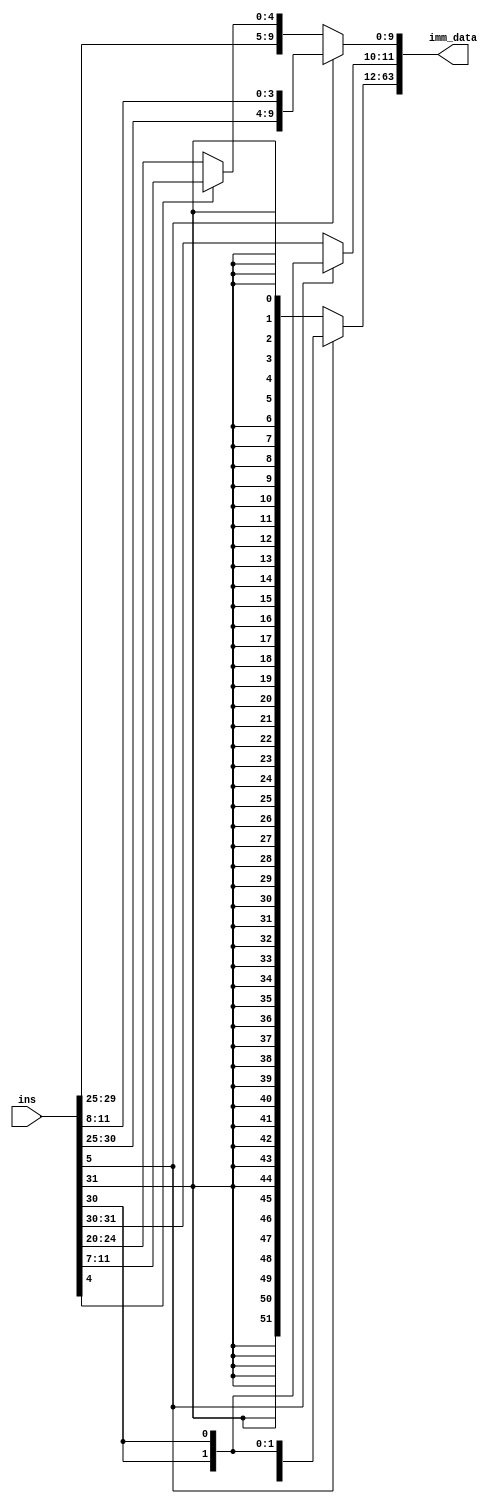
module extractor(
  input wire [31:0] ins,
  output reg [63:0] imm_data
);
  reg sel1, sel2;
  always @(ins)
  begin
    sel1 = ins[5];
    sel2 = ins[4];
    if(sel1)
    begin
      imm_data[9:0] <= {ins[30:25] , ins[11:8]};
      imm_data[63:10] <= {54{ins[30]}};
    end
    else
    begin
      if(sel2)
      begin
        imm_data[11:0] <= {ins[31:25] , ins[11:7]};
        imm_data[63:12] <= {52{ins[31]}};  
      end
      else
      begin
        imm_data[11:0] <= ins[31:20];
        imm_data[63:12] <= {52{ins[31]}};
      end
    end
  end
endmodule